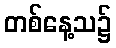
တစ်နေ့သ၌